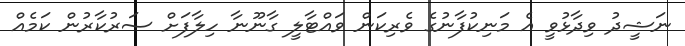
ނަޝީދު ވިދާޅުވީ އެ މަނިކުފާނުގެ ވެރިކަން ވައްޓާލީ ގާނޫނާ ހިލާފަށް ސަރުކާރުން ކަމެއް